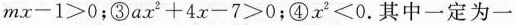
m x - 1 > 0$$；③$$a x ^ { 2 } + 4 x - 7 > 0$$；④ $$x 2 ≤ 0$$. 其中一定为一